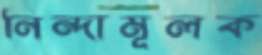
নিন্দামূলক